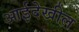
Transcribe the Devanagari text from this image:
आईदेखील